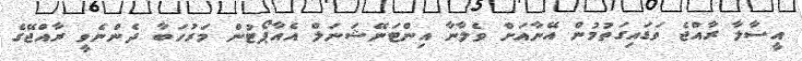
އީސާލާ ރާއްޖެ ވަޑައިގަތުމުން އޭނާއަށް ވެލާނާ އިންޓަނޭޝަނަލް އެއާޕޯޓުން މަރުހަބާ ދެންނެވީ ރާއްޖޭގެ